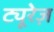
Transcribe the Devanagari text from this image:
ट्यूरेज़